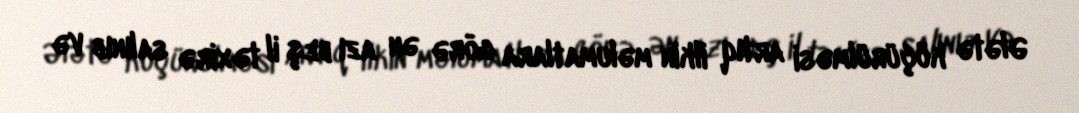
Ələtə köçürülməsi artıq ilkin məlumatlara görə ən azı beş il təxirə salınıb və